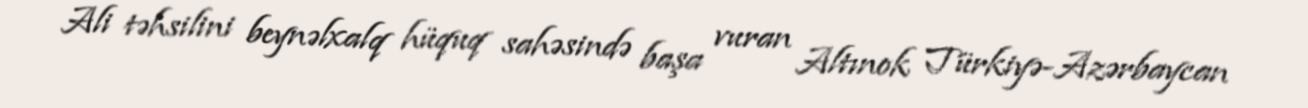
Ali təhsilini beynəlxalq hüquq sahəsində başa vuran Altınok Türkiyə-Azərbaycan